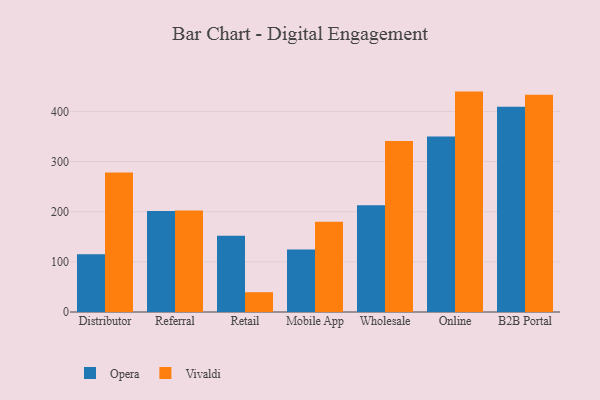
{"axis": {"x": "Channel", "y": "Page Views"}, "legend": ["Opera", "Vivaldi"], "data": [{"x": "Distributor", "y": 115.3, "type": "Opera"}, {"x": "Distributor", "y": 278.3, "type": "Vivaldi"}, {"x": "Referral", "y": 201.3, "type": "Opera"}, {"x": "Referral", "y": 202.6, "type": "Vivaldi"}, {"x": "Retail", "y": 152.1, "type": "Opera"}, {"x": "Retail", "y": 39.5, "type": "Vivaldi"}, {"x": "Mobile App", "y": 124.7, "type": "Opera"}, {"x": "Mobile App", "y": 180.0, "type": "Vivaldi"}, {"x": "Wholesale", "y": 212.7, "type": "Opera"}, {"x": "Wholesale", "y": 341.2, "type": "Vivaldi"}, {"x": "Online", "y": 350.0, "type": "Opera"}, {"x": "Online", "y": 439.6, "type": "Vivaldi"}, {"x": "B2B Portal", "y": 409.3, "type": "Opera"}, {"x": "B2B Portal", "y": 433.1, "type": "Vivaldi"}]}